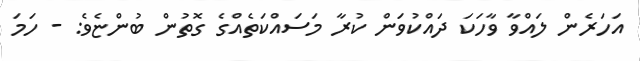
އަހަރެން ލައްވާ ވާހަކަ ދައްކުވަން ކުރާ މަސައްކަތެއްގެ ގޮތުން ބުންޏެވެ: - ހަމަ